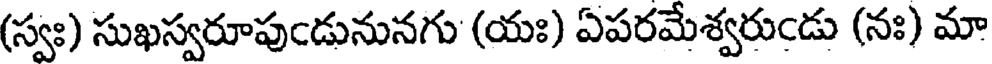
(స్వః) సుఖస్వరూపుఁడునునగు (యః) ఏపరమేశ్వరుఁడు (నః) మా